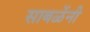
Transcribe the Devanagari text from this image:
साबळेंनी